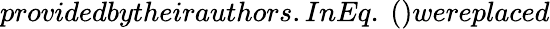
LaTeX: providedbytheirauthors.InEq.~()wereplaced